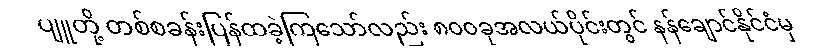
ပျူတို့ တစ်စခန်းပြန်ထခဲ့ကြသော်လည်း ၈၀၀ခုအလယ်ပိုင်းတွင် နန်ချောင်နိုင်ငံမှ